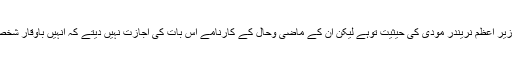
بطور ہندوستانی وزیر اعظم نریندر مودی کی حیثیت توہے لیکن ان کے ماضی وحال کے کارنامے اس بات کی اجازت نہیں دیتے کہ انہیں باوقار شخصیت قراردیاجائے۔